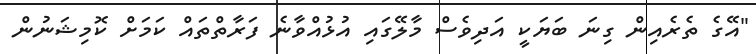
"އޭގެ ތެރެއިން ގިނަ ބަޔަކީ އަދިވެސް މާލޭގައި އުޅުއްވާނެ ފަރާތްތައް ކަމަށް ކޮމިޝަނުން